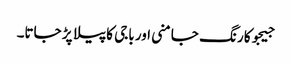
جیجوکا رنگ جامنی اور باجی کا پیلا پڑ جاتا۔